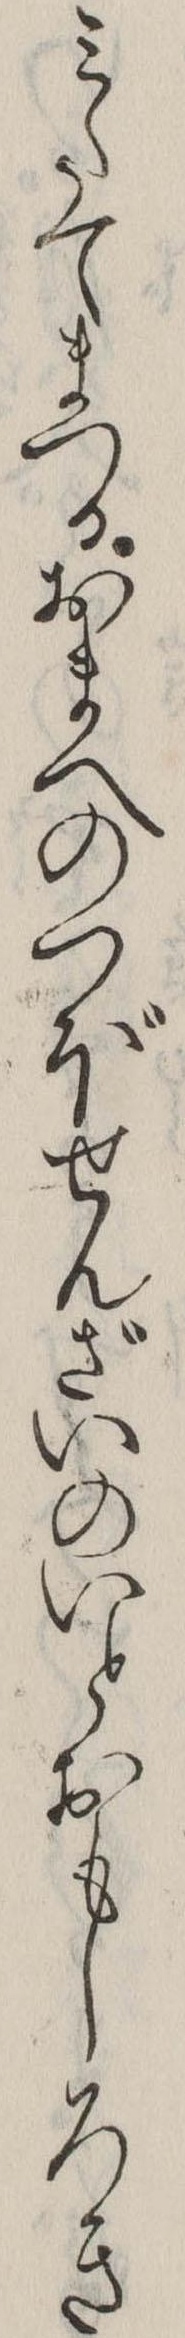
みたてまつるおまへのつぼせんざいのいとおもしろき